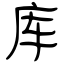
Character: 库